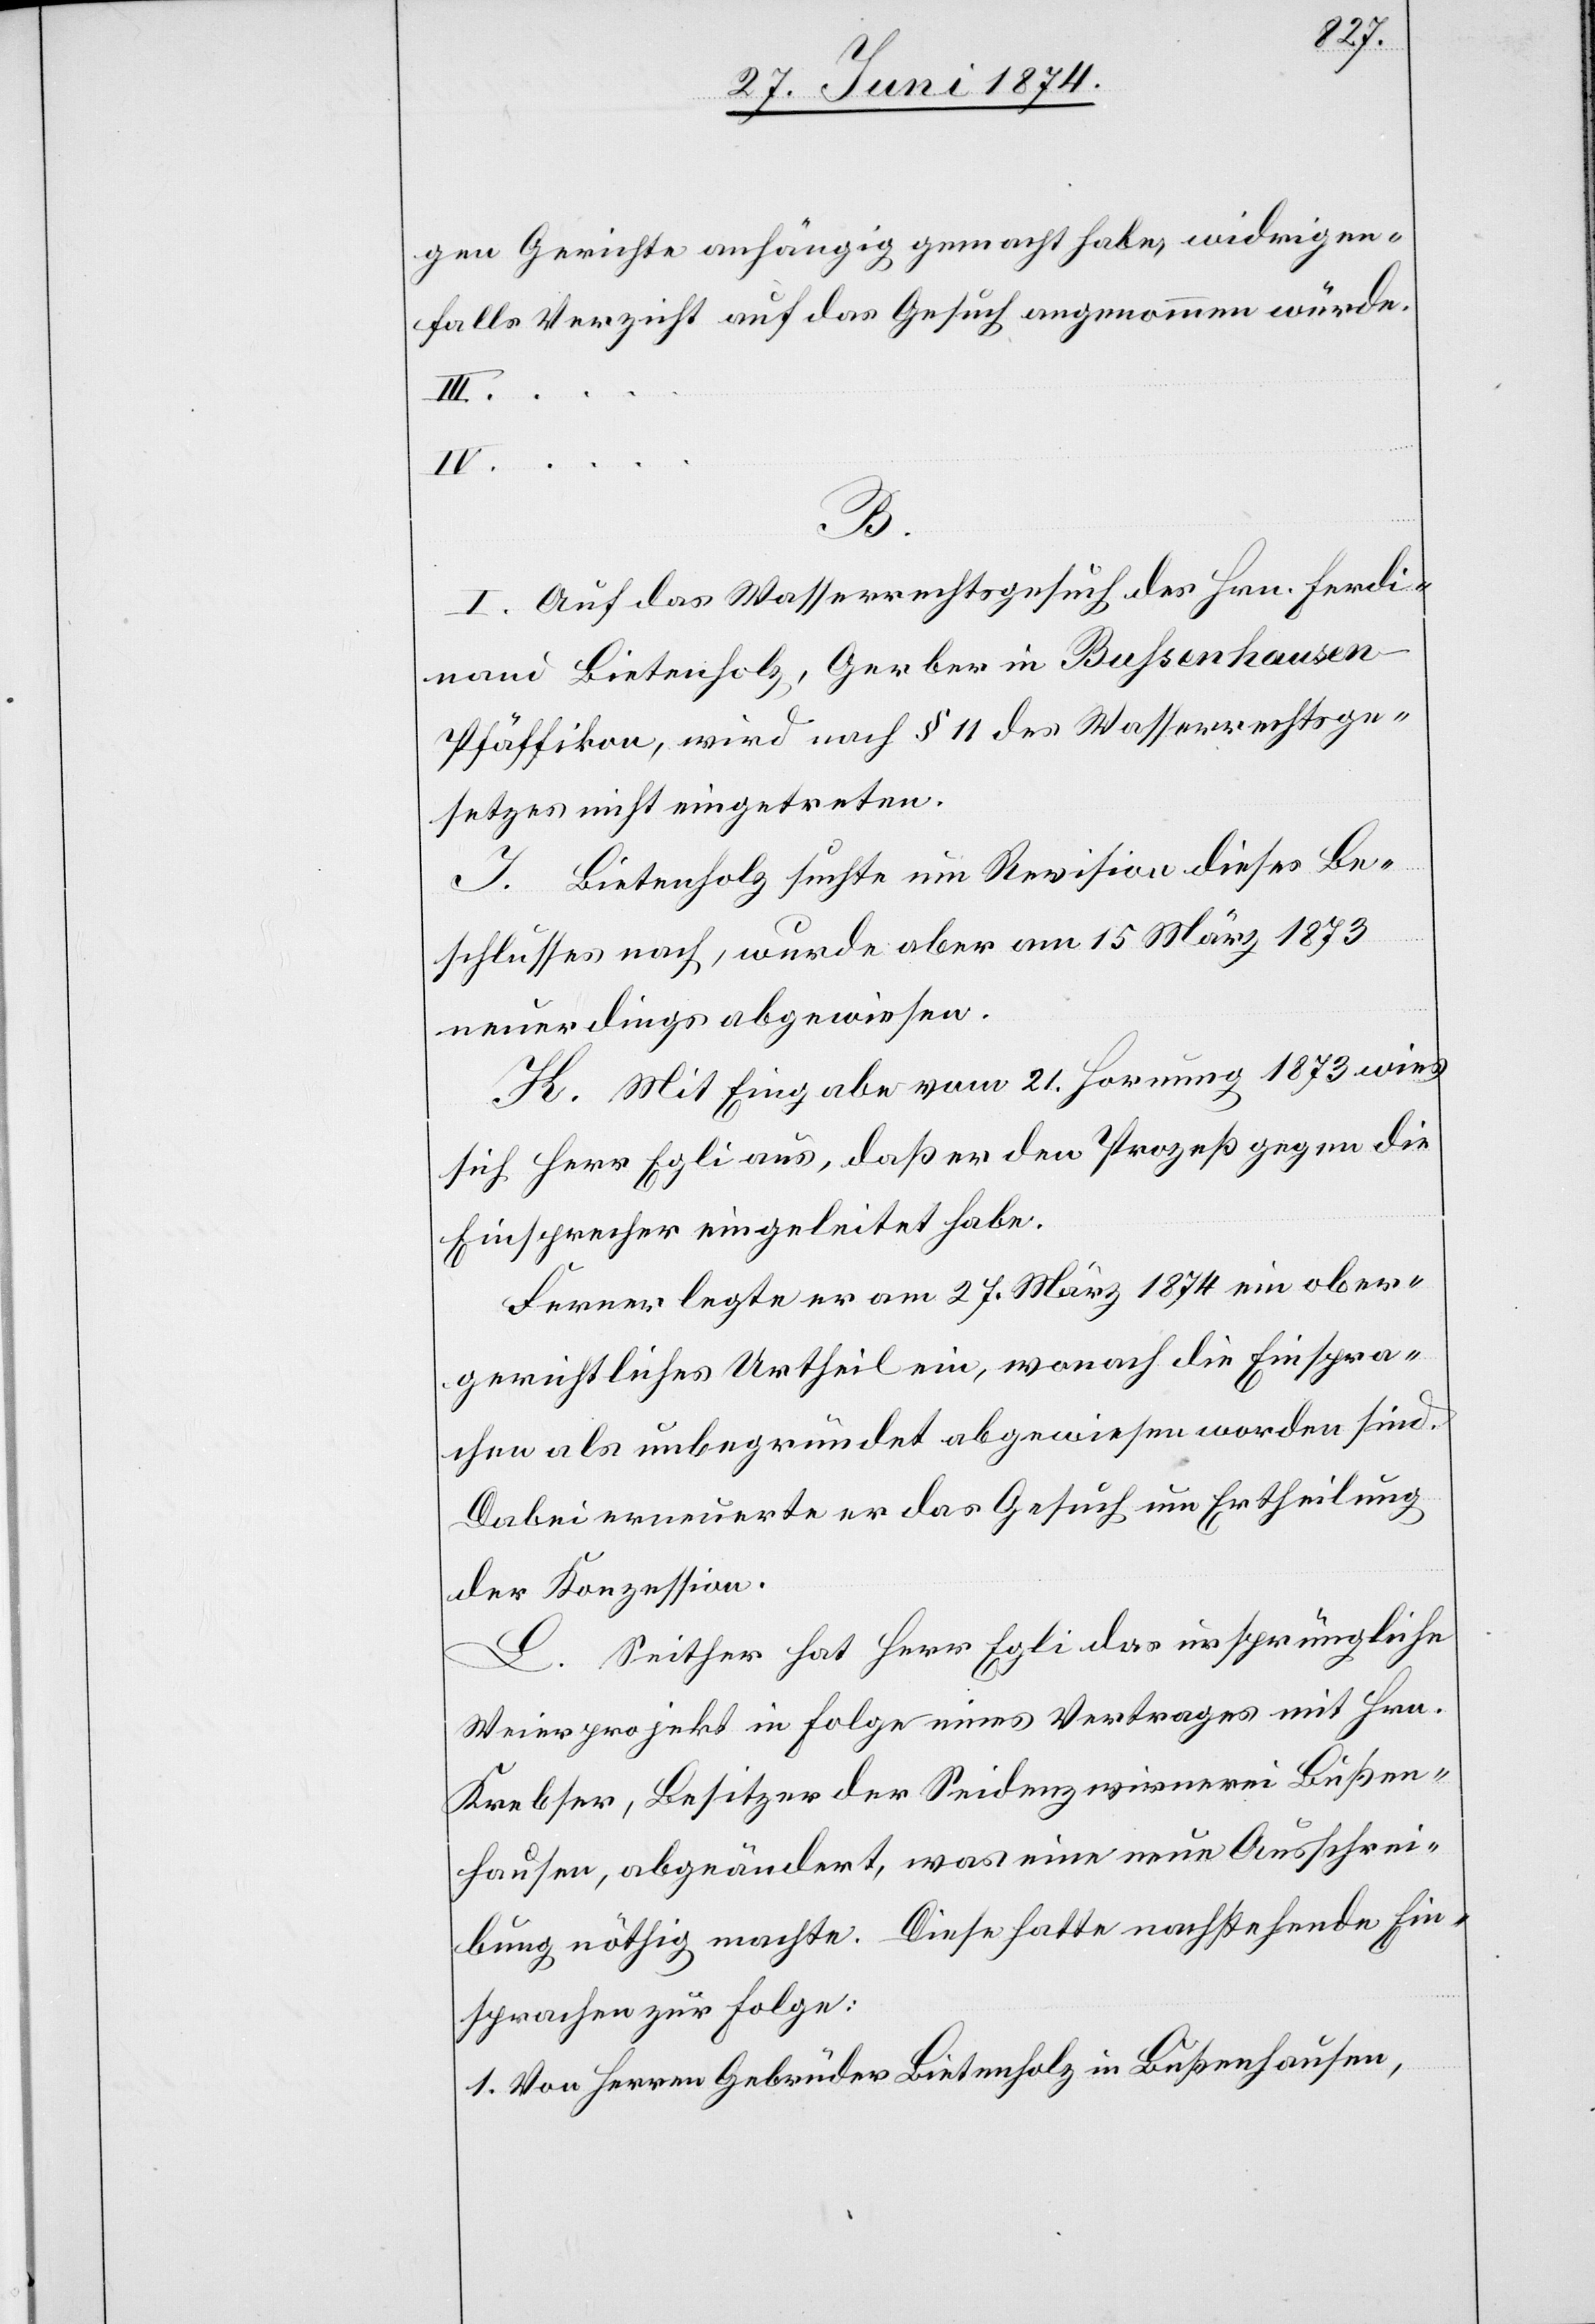
gen Gerichte anhängig gemacht habe, widrigen¬
falls Verzicht auf das Gesuch angenommen würde.
III.
B.
I. Auf das Wasserrechtsgesuch des Hrn. Ferdi¬
nand Bietenholz, Gerber in Bußenhausen-P¬
fäffikon, wird nach § 11 des Wasserrechtsge¬
setzes nicht eingetreten.
J. Bietenholz suchte um Revision dieses Be¬
schlusses nach, wurde aber am 15. März 1873
neuerdings abgewiesen.
K. Mit Eingabe vom 21. Hornung 1873 wies
sich Herr Egli aus, daß er den Prozeß gegen die
Einsprecher eingeleitet habe.
Ferner legte er am 27. März 1874 ein ober¬
gerichtliches Urtheil ein, wonach die Einspra¬
chen als unbegründet abgewiesen worden sind.
Dabei erneuerte er das Gesuch um Ertheilung
der Konzession.
L. Seither hat Herr Egli das ursprüngliche
Weierprojekt in Folge eines Vertrages mit Hrn.
Krebser, Besitzer der Seidenzwirnerei Bußen¬
hausen, abgeändert, was eine neue Ausschrei¬
bung nöthig machte. Diese hatte nachstehende Ein¬
sprachen zur Folge:
1. Von Herren Gebrüder Bietenholz in Bußenhausen,